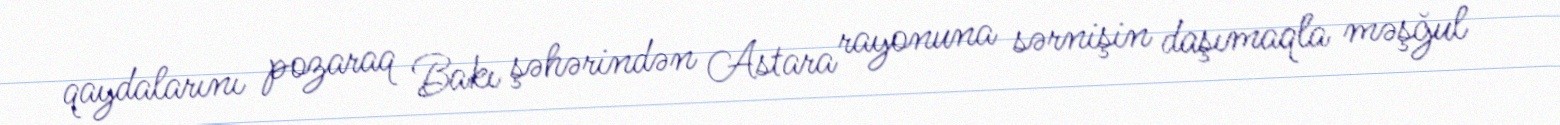
qaydalarını pozaraq Bakı şəhərindən Astara rayonuna sərnişin daşımaqla məşğul